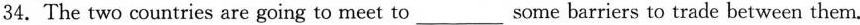
34.The two countries are going to meet to___some barriers to trade between them.